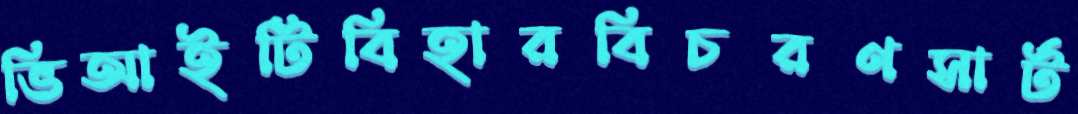
ভিআইটিবিহারবিচরণসার্ট